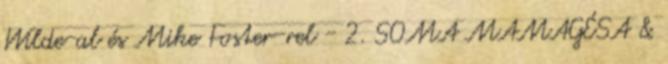
Wilde-al és Mike Foster-rel - 2. SOMA MAMAGÉSA &